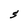
Character: S